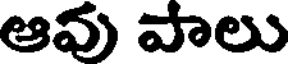
ఆవు పాలు